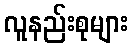
လူနည်းစုများ